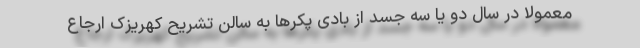
معمولا در سال دو یا سه جسد از بادی پکرها به سالن تشریح کهریزک ارجاع